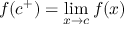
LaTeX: f ( c ^ { + } ) = \operatorname* { l i m } _ { x \to c } f ( x )